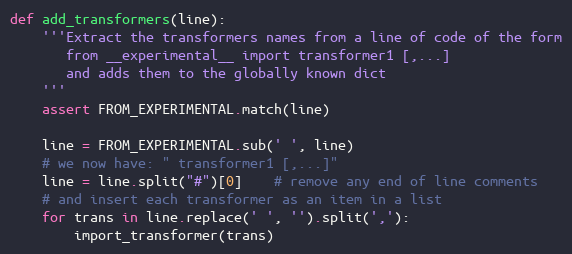
Language: Python
def add_transformers(line):
    '''Extract the transformers names from a line of code of the form
       from __experimental__ import transformer1 [,...]
       and adds them to the globally known dict
    '''
    assert FROM_EXPERIMENTAL.match(line)

    line = FROM_EXPERIMENTAL.sub(' ', line)
    # we now have: " transformer1 [,...]"
    line = line.split("#")[0]    # remove any end of line comments
    # and insert each transformer as an item in a list
    for trans in line.replace(' ', '').split(','):
        import_transformer(trans)